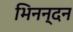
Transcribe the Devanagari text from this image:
भिनन्दन